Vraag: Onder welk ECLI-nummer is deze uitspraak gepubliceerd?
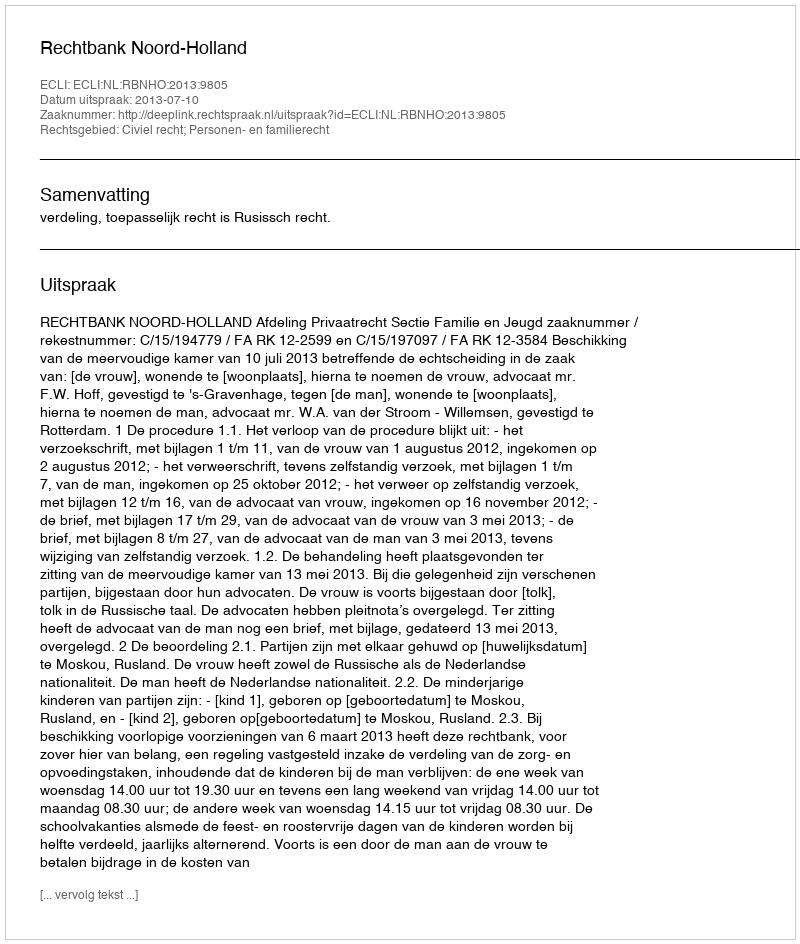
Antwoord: ECLI:NL:RBNHO:2013:9805